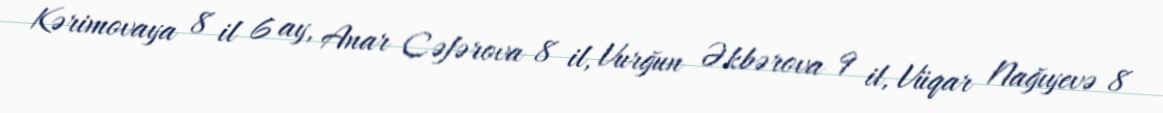
Kərimovaya 8 il 6 ay, Anar Cəfərova 8 il, Vurğun Əkbərova 9 il, Vüqar Nağıyevə 8